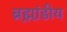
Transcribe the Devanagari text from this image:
ब्रह्म़ा़ंडीय